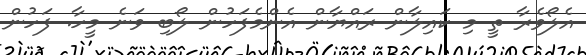
އެލޯވެރާ ތީ މި ކައިލާން ރައްޔާން އެންމެފަހުން ލޯބި ވަނެ މީހާ. ފަހުން